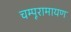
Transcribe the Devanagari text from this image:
चम्पूरामायण